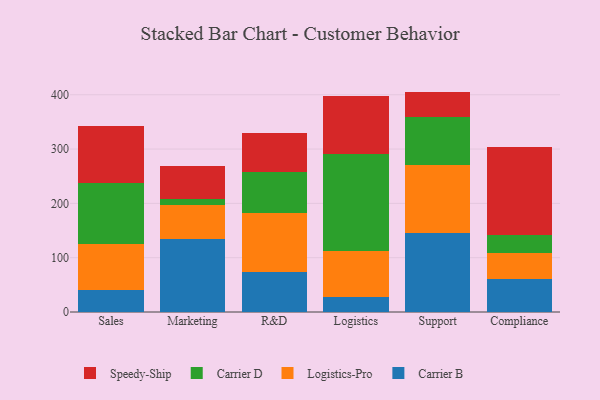
{"axis": {"x": "Department", "y": "Market Share (%)"}, "legend": ["Carrier B", "Carrier D", "Logistics-Pro", "Speedy-Ship"], "data": [{"x": "Sales", "y": 41.4, "type": "Carrier B"}, {"x": "Sales", "y": 84.3, "type": "Logistics-Pro"}, {"x": "Sales", "y": 112.2, "type": "Carrier D"}, {"x": "Sales", "y": 104.2, "type": "Speedy-Ship"}, {"x": "Marketing", "y": 133.9, "type": "Carrier B"}, {"x": "Marketing", "y": 63.8, "type": "Logistics-Pro"}, {"x": "Marketing", "y": 10.5, "type": "Carrier D"}, {"x": "Marketing", "y": 60.9, "type": "Speedy-Ship"}, {"x": "R&D", "y": 74.5, "type": "Carrier B"}, {"x": "R&D", "y": 108.2, "type": "Logistics-Pro"}, {"x": "R&D", "y": 75.0, "type": "Carrier D"}, {"x": "R&D", "y": 72.4, "type": "Speedy-Ship"}, {"x": "Logistics", "y": 27.6, "type": "Carrier B"}, {"x": "Logistics", "y": 84.2, "type": "Logistics-Pro"}, {"x": "Logistics", "y": 179.4, "type": "Carrier D"}, {"x": "Logistics", "y": 107.2, "type": "Speedy-Ship"}, {"x": "Support", "y": 144.7, "type": "Carrier B"}, {"x": "Support", "y": 125.6, "type": "Logistics-Pro"}, {"x": "Support", "y": 89.6, "type": "Carrier D"}, {"x": "Support", "y": 45.9, "type": "Speedy-Ship"}, {"x": "Compliance", "y": 61.3, "type": "Carrier B"}, {"x": "Compliance", "y": 47.3, "type": "Logistics-Pro"}, {"x": "Compliance", "y": 33.7, "type": "Carrier D"}, {"x": "Compliance", "y": 162.1, "type": "Speedy-Ship"}]}